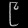
Digit: ၉